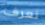
تعرف